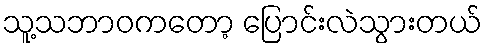
သူ့သဘာဝကတော့ ပြောင်းလဲသွားတယ်